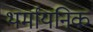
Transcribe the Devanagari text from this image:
थर्मायनिक